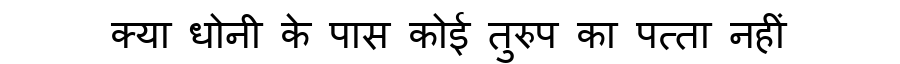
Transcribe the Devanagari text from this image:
क्या धोनी के पास कोई तुरुप का पत्ता नहीं